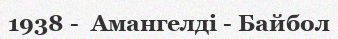
1938 -  Амангелді - Байбол